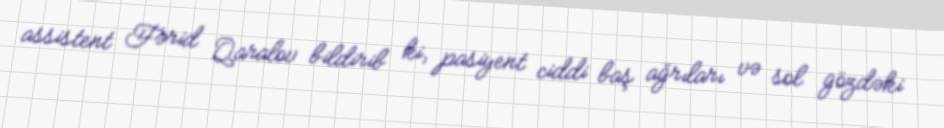
assistent Fərid Qaralov bildirib ki, pasiyent ciddi baş ağrıları və sol gözdəki